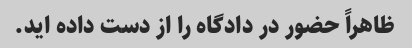
ظاهراً حضور در دادگاه را از دست داده اید.